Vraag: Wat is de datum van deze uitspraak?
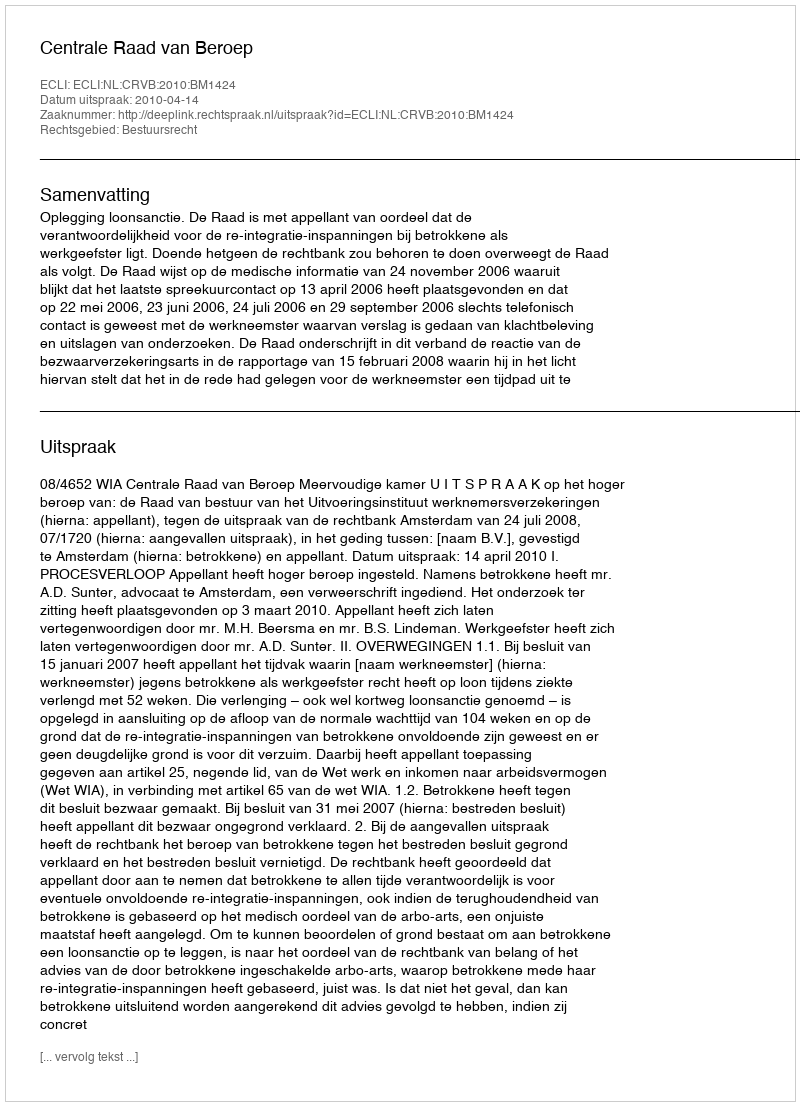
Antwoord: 2010-04-14